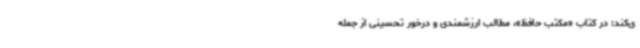
ی‌کند: در کتاب «مکتب حافظ»، مطالب ارزشمندی و درخور تحسینی از جمله